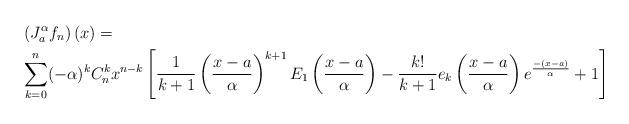
LaTeX: \begin{align*} &\left(J_a^\alpha f_n\right)(x)=\\& \sum_{k=0}^n (-\alpha)^kC_n^k x^{n-k} \left[\frac{1}{k+1} \left(\frac{x-a}{\alpha}\right)^{k+1} E_1\left(\frac{x-a}{\alpha}\right)-\frac{k!}{k+1} e_k\left(\frac{x-a}{\alpha}\right)e^{\frac{-(x-a)}{\alpha}}+1\right]\end{align*}